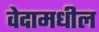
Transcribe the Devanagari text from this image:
वेदामधील